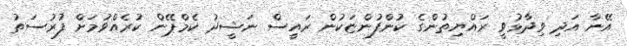
އޭނާ އަދި ވިދާޅުވީ ރައްޔިތުންގެ ކުންފުންޏަކުން ރައީސް ނަޝީދު ކެމްޕޭން ކުރެއްވުމަށް ފުރުސަތު